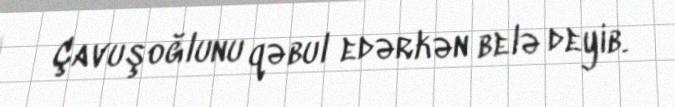
Çavuşoğlunu qəbul edərkən belə deyib.